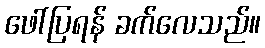
ဖေါ်ပြရန် ခက်လေသည်။